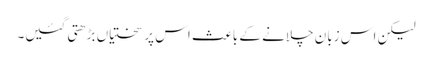
لیکن اس زبان چلانے کے باعث اس پر سختیاں بڑھتی گئیں۔